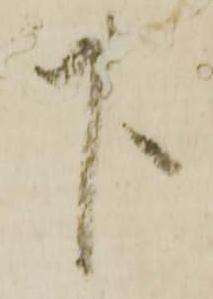
下